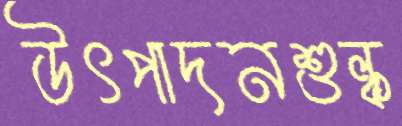
উৎপাদনশুল্ক